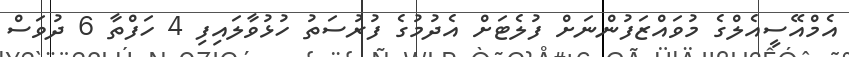
އެމްއޭސީއެލްގެ މުވައްޒަފުންނަށް ފުލެޓަށް އެދުމުގެ ފުރުސަތު ހުޅުވާލައިފި 4 ހަފްތާ 6 ދުވަސް